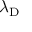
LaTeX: \lambda _ { \mathrm { { D } } }